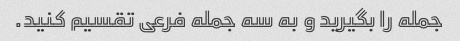
جمله را بگیرید و به سه جمله فرعی تقسیم کنید.